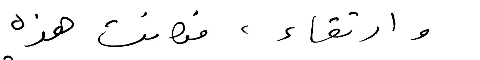
وارتقاء ، فكانت هذه